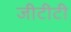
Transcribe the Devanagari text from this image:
जीटीटी